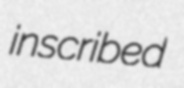
inscribed